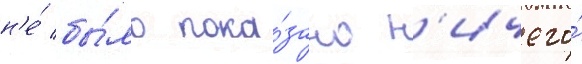
н'е́ бы́ло пока́зано н'ичего́